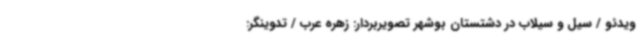
ویدئو / سیل و سیلاب در دشتستان بوشهر تصویربردار: زهره عرب / تدوینگر: